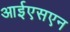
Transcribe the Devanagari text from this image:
आईएसएन